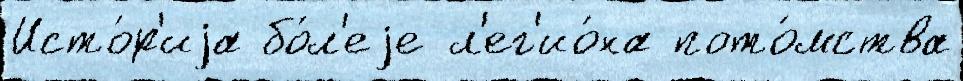
Исто́р'иjа бо́л'еjе л'ег'ио́на пото́мства